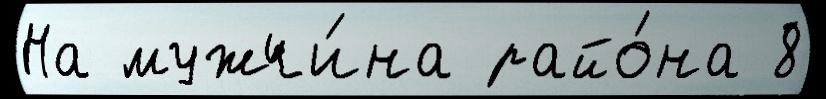
На мужчи́на райо́на 8